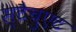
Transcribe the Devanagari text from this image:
स्टैचुएट